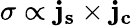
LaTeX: {\mathbf{\sigma}}\propto{\mathbf{{j}}}_{\mathbf{{s}}}\times{\mathbf{{j}}}_{\mathbf{{c}}}